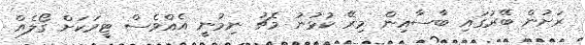
ރަށުން ބޭރުގައި ބާސާއިން މިރޭ ކުޅުނު މެޗު ނިމުނީ އެއްވެސް ޓީމަކަށް ގޯލެއް